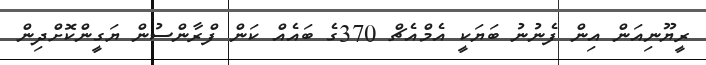
ރީޔޫނިއަން އިން ފެނުނު ބަޔަކީ އެމްއެޗް 370ގެ ބައެއް ކަން ފްރާންސުން ޔަގީންކޮށްދިން